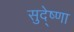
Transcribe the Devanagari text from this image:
सुदे्ष्णा